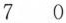
70